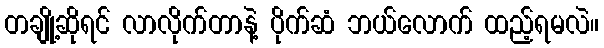
တချို့ဆိုရင် လာလိုက်တာနဲ့ ပိုက်ဆံ ဘယ်လောက် ထည့်ရမလဲ။